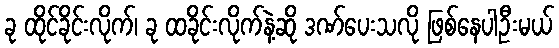
ခု ထိုင်ခိုင်းလိုက်၊ ခု ထခိုင်းလိုက်နဲ့ဆို ဒဏ်ပေးသလို ဖြစ်နေပါဦးမယ်